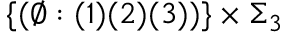
\{ ( \emptyset : ( 1 ) ( 2 ) ( 3 ) ) \} \times \Sigma _ { 3 }